Lunatic asylums Punjab 1881-1894 - 1881-1894
Year: 1881
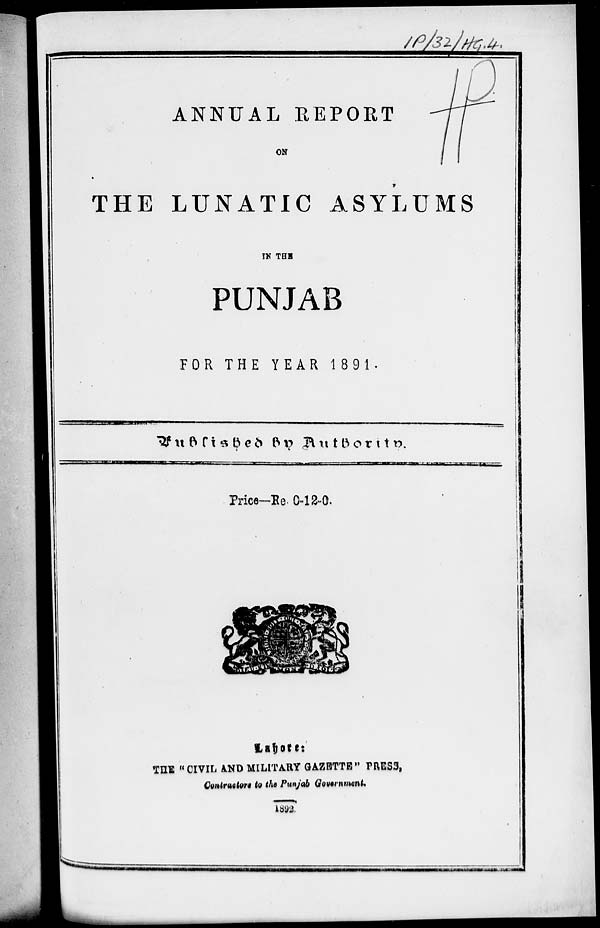
ANNUAL REPORT
ON
THE LUNATIC ASYLUMS
IN THE
PUNJAB
FOR THE YEAR 1891.
Published by Authority.
Price—Re. 0-12-0.
Lahore :
THE "CIVIL AND MILITARY GAZETTE " PRESS,
Contractors to the Punjab Government.
1892.